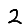
Digit: 2